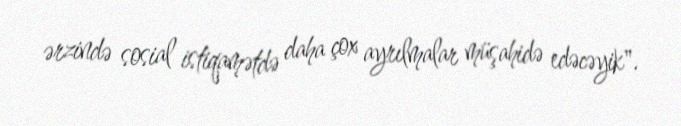
ərzində sosial istiqamətdə daha çox ayrılmalar müşahidə edəcəyik".